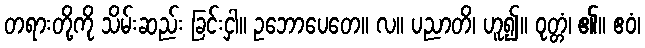
တရားတို့ကို သိမ်းဆည်း ခြင်းငှါ။ ဥဘောပေတေ။ လ။ ပညာတိ၊ ဟူ၍။ ဝုတ္တံ၊ ၏။ ဧဝံ၊